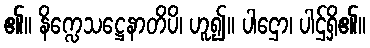
၏။ နိက္လေသဋ္ဌေနာတိပိ၊ ဟူ၍။ ပါဌော၊ ပါဌ်ရှိ၏။